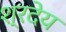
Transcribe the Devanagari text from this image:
श्रदेय